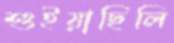
শুইয়াছিলি